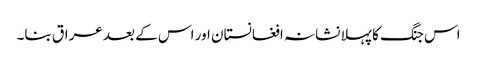
اس جنگ کا پہلا نشانہ افغانستان اور اس کے بعد عراق بنا۔